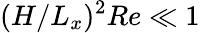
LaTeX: (H/L_{x})^{2}Re\ll 1